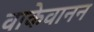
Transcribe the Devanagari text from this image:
वाकेवानन